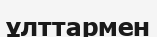
ұлттармен